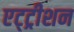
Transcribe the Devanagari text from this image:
एट्ट्रीशन